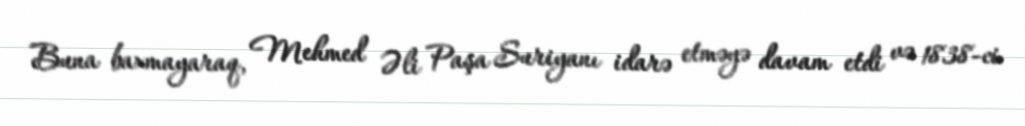
Buna baxmayaraq, Mehmed Əli Paşa Suriyanı idarə etməyə davam etdi və 1838-ci